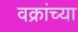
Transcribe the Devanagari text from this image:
वक्रांच्या